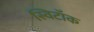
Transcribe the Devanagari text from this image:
स्विटॉक